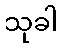
သုခါ